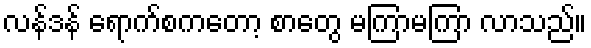
လန်ဒန် ရောက်စကတော့ စာတွေ မကြာမကြာ လာသည်။